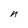
Character: n